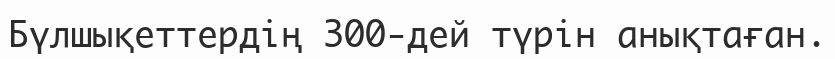
Бүлшықеттердің 300-дей түрін анықтаған.